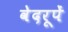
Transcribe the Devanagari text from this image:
वेदरूपें